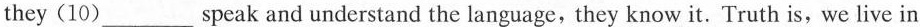
they (10)___speak and understand the language,they know it. Truth is, we live in